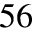
^ { 5 6 }